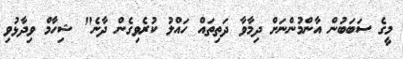
މީގެ ސަބަބުން އާންމުންނަށް ދިމާވާ ދަތިތައް ހައްލު ކުރެވިގެން ދާނެ" ޝިހާމް ވިދާޅުވި